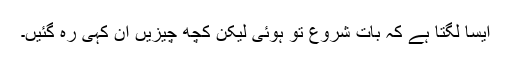
ایسا لگتا ہے کہ بات شروع تو ہوئی لیکن کچھ چیزیں ان کہی رہ گئیں۔